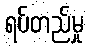
ရပ်တည်မှု